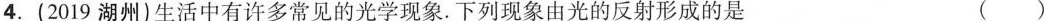
4.(2019湖州)生活中有许多常见的光学现象。下列现象由光的反射形成的是()